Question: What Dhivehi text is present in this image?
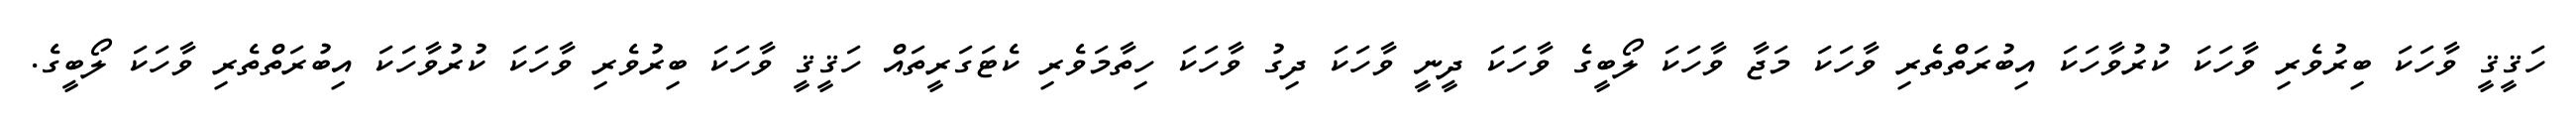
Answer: ހަޤީޤީ ވާހަކަ ބިރުވެރި ވާހަކަ ކުރުވާހަކަ އިބުރަތްތެރި ވާހަކަ މަޖާ ވާހަކަ ލޯބީގެ ވާހަކަ ދީނީ ވާހަކަ ދިގު ވާހަކަ ހިތާމަވެރި ކެޓަގަރީތައް ހަޤީޤީ ވާހަކަ ބިރުވެރި ވާހަކަ ކުރުވާހަކަ އިބުރަތްތެރި ވާހަކަ ލޯބީގެ.